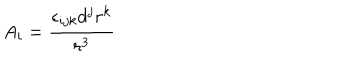
LaTeX: A _ { i } = \frac { \epsilon _ { i j k } d ^ { j } r ^ { k } } { r ^ { 3 } }